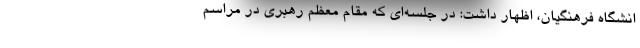
انشگاه فرهنگیان، اظهار داشت: در جلسه‌ای که مقام معظم رهبری در مراسم